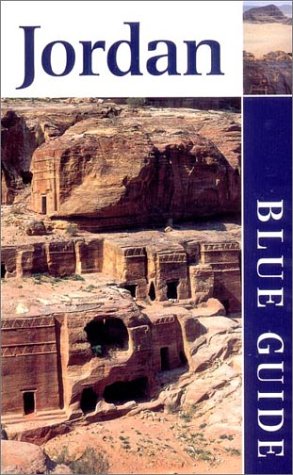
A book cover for Blue Guide Jordan (Third Edition)  (Blue Guides); Sue Rollin; Travel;